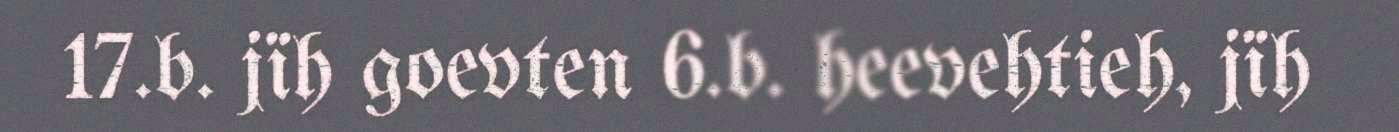
17.b. jïh goevten 6.b. heevehtieh, jïh